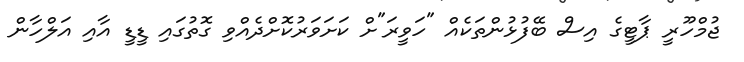
ޖުމްހޫރީ ޕާޓީގެ އިސް ބޭފުޅުންތަކެއް "ހަވީރަ"ށް ކަށަވަރުކޮށްދެއްވި ގޮތުގައި ޑީޑީ އާއި އަލްހާން